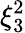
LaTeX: \xi_{3}^{2}